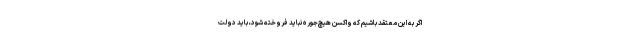
اگر به این معتقد باشیم که واکسن هیچ‌جوره نباید فروخته شود، باید دولت